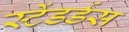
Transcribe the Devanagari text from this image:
स्टेंडर्डस